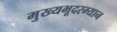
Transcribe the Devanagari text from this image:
मुख्यभूदरम्यान